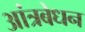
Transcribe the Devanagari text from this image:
आंत्रबेधन